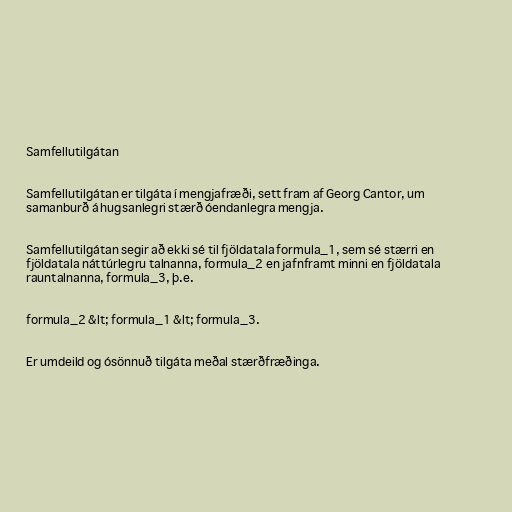
Samfellutilgátan

Samfellutilgátan er tilgáta í mengjafræði, sett fram af Georg Cantor, um
samanburð á hugsanlegri stærð óendanlegra mengja.

Samfellutilgátan segir að ekki sé til fjöldatala formula_1, sem sé stærri en
fjöldatala náttúrlegru talnanna, formula_2 en jafnframt minni en fjöldatala
rauntalnanna, formula_3, þ.e.

formula_2 &lt; formula_1 &lt; formula_3.

Er umdeild og ósönnuð tilgáta meðal stærðfræðinga.